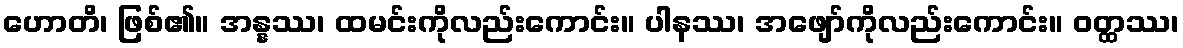
ဟောတိ၊ ဖြစ်၏။ အန္နဿ၊ ထမင်းကိုလည်းကောင်း။ ပါနဿ၊ အဖျော်ကိုလည်းကောင်း။ ဝတ္ထဿ၊